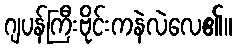
ဂျပန်ကြီးဗိုင်းကနဲလဲလေ၏။